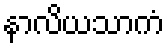
နာလိယသာကံ